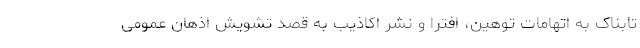
تابناک به اتهامات توهین، افترا و نشر اکاذیب به قصد تشویش اذهان عمومی